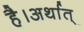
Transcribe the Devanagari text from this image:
है।अर्थात्